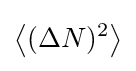
{\big \langle }(\Delta N)^{2}{\big \rangle }